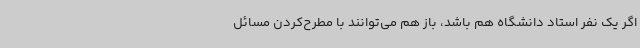
اگر یک نفر استاد دانشگاه هم باشد، باز هم می‌توانند با مطرح‌کردن مسائل